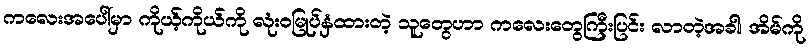
ကလေးအပေါ်မှာ ကိုယ့်ကိုယ်ကို လုံးဝမြုပ်နှံထားတဲ့ သူတွေဟာ ကလေးတွေကြီးပြင်း လာတဲ့အခါ၊ အိမ်ကို